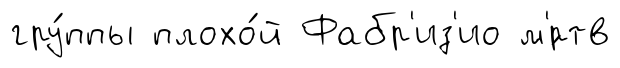
гру́ппы плохо́й Фабр'из'ио м'́ртв